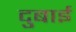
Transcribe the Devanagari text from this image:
दुबाई